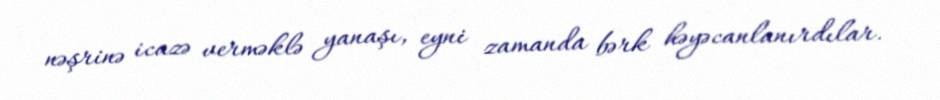
nəşrinə icazə verməklə yanaşı, eyni zamanda bərk həyəcanlanırdılar.